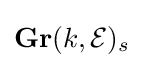
\mathbf {Gr} (k,{\mathcal {E}})_{s}